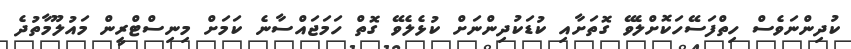
ކުދިންނަވެސް ހިތްފަސޭހަކޮށްލެވޭ ގޮތަށާއި ކުޑަކުދިންނަށް ކުޅެލެވޭ ގޮތް ހަމަޖައްސާނެ ކަަމަށް މިނިސްޓްރީން މައުލޫމާތުދެ